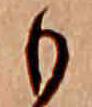
も